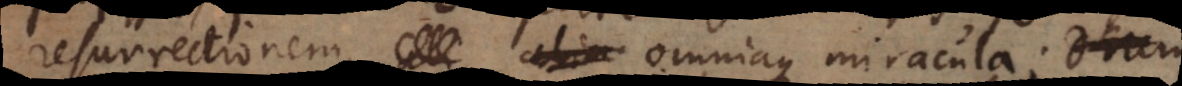
resurrectionem, omniaque miracula.